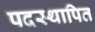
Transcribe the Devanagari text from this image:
पदस्‍थापित